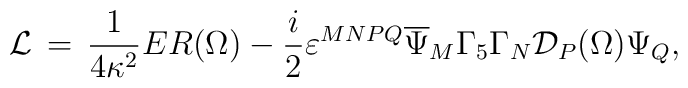
{\cal L}\,=\,\frac{1}{4\kappa^2}ER(\Omega) -\frac{i}{2}\varepsilon^{MNPQ}\overline{\Psi}_M\Gamma_5\Gamma_N{\cal D}_P (\Omega)\Psi_Q,